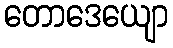
တောဒေယျော